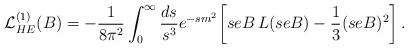
LaTeX: \begin{align*}{\cal L}^{(1)}_{HE}(B)= -{1\over 8\pi^2}\int_{0}^\infty {ds\over s^3} e^{-sm^2}\biggl[seB\,L(seB)-{1\over 3}(seB)^2\biggr]\,.\end{align*}